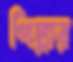
পিল্লার